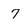
Character: 7